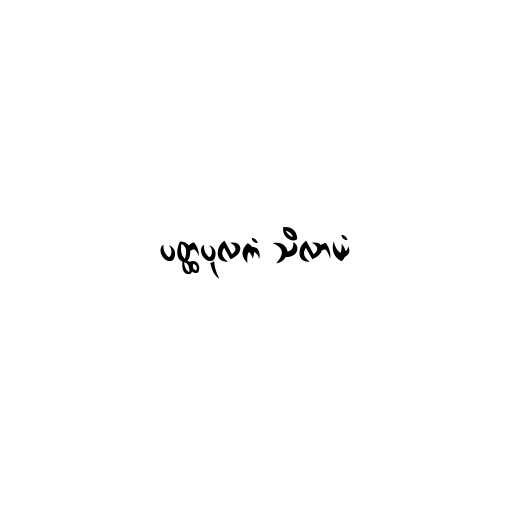
ပတ္ထပုလကံ သိလာယံ